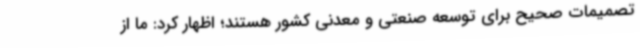
تصمیمات صحیح برای توسعه صنعتی و معدنی کشور هستند؛ اظهار کرد: ما از